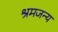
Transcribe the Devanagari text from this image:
श्रमजन्य